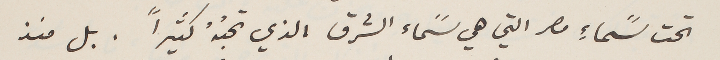
تحت سًماءِ مصر التي هي سًماء الشرق الذي تحبُهُ كثيراً. بل منذ